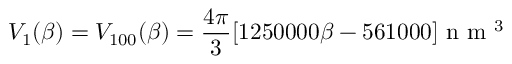
V _ { 1 } ( \beta ) = V _ { 1 0 0 } ( \beta ) = \frac { 4 \pi } { 3 } [ 1 2 5 0 0 0 0 \beta - 5 6 1 0 0 0 ] \mathrm { ~ n ~ m ~ } ^ { 3 }